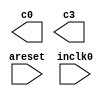
// megafunction wizard: %ALTPLL%VBB%
// GENERATION: STANDARD
// VERSION: WM1.0
// MODULE: altpll 

// ============================================================
// Megafunction Name(s):
// 			altpll
//
// Simulation Library Files(s):
// 			altera_mf
// ============================================================
// ************************************************************
// THIS IS A WIZARD-GENERATED FILE. DO NOT EDIT THIS FILE!
//
// 21.1.1 Build 850 06/23/2022 SJ Lite Edition
// ************************************************************

//Copyright (C) 2022  Intel Corporation. All rights reserved.
//Your use of Intel Corporation's design tools, logic functions 
//and other software and tools, and any partner logic 
//functions, and any output files from any of the foregoing 
//(including device programming or simulation files), and any 
//associated documentation or information are expressly subject 
//to the terms and conditions of the Intel Program License 
//Subscription Agreement, the Intel Quartus Prime License Agreement,
//the Intel FPGA IP License Agreement, or other applicable license
//agreement, including, without limitation, that your use is for
//the sole purpose of programming logic devices manufactured by
//Intel and sold by Intel or its authorized distributors.  Please
//refer to the applicable agreement for further details, at
//https://fpgasoftware.intel.com/eula.

module PLL (
	areset,
	inclk0,
	c0,
	c3);

	input	  areset;
	input	  inclk0;
	output	  c0;
	output	  c3;
`ifndef ALTERA_RESERVED_QIS
// synopsys translate_off
`endif
	tri0	  areset;
`ifndef ALTERA_RESERVED_QIS
// synopsys translate_on
`endif

endmodule

// ============================================================
// CNX file retrieval info
// ============================================================
// Retrieval info: PRIVATE: ACTIVECLK_CHECK STRING "0"
// Retrieval info: PRIVATE: BANDWIDTH STRING "1.000"
// Retrieval info: PRIVATE: BANDWIDTH_FEATURE_ENABLED STRING "1"
// Retrieval info: PRIVATE: BANDWIDTH_FREQ_UNIT STRING "MHz"
// Retrieval info: PRIVATE: BANDWIDTH_PRESET STRING "Low"
// Retrieval info: PRIVATE: BANDWIDTH_USE_AUTO STRING "1"
// Retrieval info: PRIVATE: BANDWIDTH_USE_PRESET STRING "0"
// Retrieval info: PRIVATE: CLKBAD_SWITCHOVER_CHECK STRING "0"
// Retrieval info: PRIVATE: CLKLOSS_CHECK STRING "0"
// Retrieval info: PRIVATE: CLKSWITCH_CHECK STRING "0"
// Retrieval info: PRIVATE: CNX_NO_COMPENSATE_RADIO STRING "0"
// Retrieval info: PRIVATE: CREATE_CLKBAD_CHECK STRING "0"
// Retrieval info: PRIVATE: CREATE_INCLK1_CHECK STRING "0"
// Retrieval info: PRIVATE: CUR_DEDICATED_CLK STRING "c0"
// Retrieval info: PRIVATE: CUR_FBIN_CLK STRING "c0"
// Retrieval info: PRIVATE: DEVICE_SPEED_GRADE STRING "Any"
// Retrieval info: PRIVATE: DIV_FACTOR0 NUMERIC "1"
// Retrieval info: PRIVATE: DIV_FACTOR3 NUMERIC "1"
// Retrieval info: PRIVATE: DUTY_CYCLE0 STRING "50.00000000"
// Retrieval info: PRIVATE: DUTY_CYCLE3 STRING "50.00000000"
// Retrieval info: PRIVATE: EFF_OUTPUT_FREQ_VALUE0 STRING "1.000000"
// Retrieval info: PRIVATE: EFF_OUTPUT_FREQ_VALUE3 STRING "252.000000"
// Retrieval info: PRIVATE: EXPLICIT_SWITCHOVER_COUNTER STRING "0"
// Retrieval info: PRIVATE: EXT_FEEDBACK_RADIO STRING "0"
// Retrieval info: PRIVATE: GLOCKED_COUNTER_EDIT_CHANGED STRING "1"
// Retrieval info: PRIVATE: GLOCKED_FEATURE_ENABLED STRING "0"
// Retrieval info: PRIVATE: GLOCKED_MODE_CHECK STRING "0"
// Retrieval info: PRIVATE: GLOCK_COUNTER_EDIT NUMERIC "1048575"
// Retrieval info: PRIVATE: HAS_MANUAL_SWITCHOVER STRING "1"
// Retrieval info: PRIVATE: INCLK0_FREQ_EDIT STRING "10.000"
// Retrieval info: PRIVATE: INCLK0_FREQ_UNIT_COMBO STRING "MHz"
// Retrieval info: PRIVATE: INCLK1_FREQ_EDIT STRING "100.000"
// Retrieval info: PRIVATE: INCLK1_FREQ_EDIT_CHANGED STRING "1"
// Retrieval info: PRIVATE: INCLK1_FREQ_UNIT_CHANGED STRING "1"
// Retrieval info: PRIVATE: INCLK1_FREQ_UNIT_COMBO STRING "MHz"
// Retrieval info: PRIVATE: INTENDED_DEVICE_FAMILY STRING "MAX 10"
// Retrieval info: PRIVATE: INT_FEEDBACK__MODE_RADIO STRING "1"
// Retrieval info: PRIVATE: LOCKED_OUTPUT_CHECK STRING "0"
// Retrieval info: PRIVATE: LONG_SCAN_RADIO STRING "1"
// Retrieval info: PRIVATE: LVDS_MODE_DATA_RATE STRING "Not Available"
// Retrieval info: PRIVATE: LVDS_MODE_DATA_RATE_DIRTY NUMERIC "0"
// Retrieval info: PRIVATE: LVDS_PHASE_SHIFT_UNIT0 STRING "deg"
// Retrieval info: PRIVATE: LVDS_PHASE_SHIFT_UNIT3 STRING "ps"
// Retrieval info: PRIVATE: MIG_DEVICE_SPEED_GRADE STRING "Any"
// Retrieval info: PRIVATE: MIRROR_CLK0 STRING "0"
// Retrieval info: PRIVATE: MIRROR_CLK3 STRING "0"
// Retrieval info: PRIVATE: MULT_FACTOR0 NUMERIC "1"
// Retrieval info: PRIVATE: MULT_FACTOR3 NUMERIC "1"
// Retrieval info: PRIVATE: NORMAL_MODE_RADIO STRING "1"
// Retrieval info: PRIVATE: OUTPUT_FREQ0 STRING "1.00000000"
// Retrieval info: PRIVATE: OUTPUT_FREQ3 STRING "252.00000000"
// Retrieval info: PRIVATE: OUTPUT_FREQ_MODE0 STRING "1"
// Retrieval info: PRIVATE: OUTPUT_FREQ_MODE3 STRING "1"
// Retrieval info: PRIVATE: OUTPUT_FREQ_UNIT0 STRING "MHz"
// Retrieval info: PRIVATE: OUTPUT_FREQ_UNIT3 STRING "MHz"
// Retrieval info: PRIVATE: PHASE_RECONFIG_FEATURE_ENABLED STRING "1"
// Retrieval info: PRIVATE: PHASE_RECONFIG_INPUTS_CHECK STRING "0"
// Retrieval info: PRIVATE: PHASE_SHIFT0 STRING "0.00000000"
// Retrieval info: PRIVATE: PHASE_SHIFT3 STRING "0.00000000"
// Retrieval info: PRIVATE: PHASE_SHIFT_STEP_ENABLED_CHECK STRING "0"
// Retrieval info: PRIVATE: PHASE_SHIFT_UNIT0 STRING "deg"
// Retrieval info: PRIVATE: PHASE_SHIFT_UNIT3 STRING "ps"
// Retrieval info: PRIVATE: PLL_ADVANCED_PARAM_CHECK STRING "0"
// Retrieval info: PRIVATE: PLL_ARESET_CHECK STRING "1"
// Retrieval info: PRIVATE: PLL_AUTOPLL_CHECK NUMERIC "1"
// Retrieval info: PRIVATE: PLL_ENHPLL_CHECK NUMERIC "0"
// Retrieval info: PRIVATE: PLL_FASTPLL_CHECK NUMERIC "0"
// Retrieval info: PRIVATE: PLL_FBMIMIC_CHECK STRING "0"
// Retrieval info: PRIVATE: PLL_LVDS_PLL_CHECK NUMERIC "0"
// Retrieval info: PRIVATE: PLL_PFDENA_CHECK STRING "0"
// Retrieval info: PRIVATE: PLL_TARGET_HARCOPY_CHECK NUMERIC "0"
// Retrieval info: PRIVATE: PRIMARY_CLK_COMBO STRING "inclk0"
// Retrieval info: PRIVATE: RECONFIG_FILE STRING "PLL.mif"
// Retrieval info: PRIVATE: SACN_INPUTS_CHECK STRING "0"
// Retrieval info: PRIVATE: SCAN_FEATURE_ENABLED STRING "1"
// Retrieval info: PRIVATE: SELF_RESET_LOCK_LOSS STRING "0"
// Retrieval info: PRIVATE: SHORT_SCAN_RADIO STRING "0"
// Retrieval info: PRIVATE: SPREAD_FEATURE_ENABLED STRING "0"
// Retrieval info: PRIVATE: SPREAD_FREQ STRING "50.000"
// Retrieval info: PRIVATE: SPREAD_FREQ_UNIT STRING "KHz"
// Retrieval info: PRIVATE: SPREAD_PERCENT STRING "0.500"
// Retrieval info: PRIVATE: SPREAD_USE STRING "0"
// Retrieval info: PRIVATE: SRC_SYNCH_COMP_RADIO STRING "0"
// Retrieval info: PRIVATE: STICKY_CLK0 STRING "1"
// Retrieval info: PRIVATE: STICKY_CLK1 STRING "0"
// Retrieval info: PRIVATE: STICKY_CLK2 STRING "0"
// Retrieval info: PRIVATE: STICKY_CLK3 STRING "1"
// Retrieval info: PRIVATE: STICKY_CLK4 STRING "0"
// Retrieval info: PRIVATE: SWITCHOVER_COUNT_EDIT NUMERIC "1"
// Retrieval info: PRIVATE: SWITCHOVER_FEATURE_ENABLED STRING "1"
// Retrieval info: PRIVATE: SYNTH_WRAPPER_GEN_POSTFIX STRING "0"
// Retrieval info: PRIVATE: USE_CLK0 STRING "1"
// Retrieval info: PRIVATE: USE_CLK3 STRING "1"
// Retrieval info: PRIVATE: USE_CLKENA0 STRING "0"
// Retrieval info: PRIVATE: USE_CLKENA3 STRING "0"
// Retrieval info: PRIVATE: USE_MIL_SPEED_GRADE NUMERIC "0"
// Retrieval info: PRIVATE: ZERO_DELAY_RADIO STRING "0"
// Retrieval info: LIBRARY: altera_mf altera_mf.altera_mf_components.all
// Retrieval info: CONSTANT: BANDWIDTH_TYPE STRING "AUTO"
// Retrieval info: CONSTANT: CLK0_DIVIDE_BY NUMERIC "10"
// Retrieval info: CONSTANT: CLK0_DUTY_CYCLE NUMERIC "50"
// Retrieval info: CONSTANT: CLK0_MULTIPLY_BY NUMERIC "1"
// Retrieval info: CONSTANT: CLK0_PHASE_SHIFT STRING "0"
// Retrieval info: CONSTANT: CLK3_DIVIDE_BY NUMERIC "5"
// Retrieval info: CONSTANT: CLK3_DUTY_CYCLE NUMERIC "50"
// Retrieval info: CONSTANT: CLK3_MULTIPLY_BY NUMERIC "126"
// Retrieval info: CONSTANT: CLK3_PHASE_SHIFT STRING "0"
// Retrieval info: CONSTANT: COMPENSATE_CLOCK STRING "CLK0"
// Retrieval info: CONSTANT: INCLK0_INPUT_FREQUENCY NUMERIC "100000"
// Retrieval info: CONSTANT: INTENDED_DEVICE_FAMILY STRING "MAX 10"
// Retrieval info: CONSTANT: LPM_TYPE STRING "altpll"
// Retrieval info: CONSTANT: OPERATION_MODE STRING "NORMAL"
// Retrieval info: CONSTANT: PLL_TYPE STRING "AUTO"
// Retrieval info: CONSTANT: PORT_ACTIVECLOCK STRING "PORT_UNUSED"
// Retrieval info: CONSTANT: PORT_ARESET STRING "PORT_USED"
// Retrieval info: CONSTANT: PORT_CLKBAD0 STRING "PORT_UNUSED"
// Retrieval info: CONSTANT: PORT_CLKBAD1 STRING "PORT_UNUSED"
// Retrieval info: CONSTANT: PORT_CLKLOSS STRING "PORT_UNUSED"
// Retrieval info: CONSTANT: PORT_CLKSWITCH STRING "PORT_UNUSED"
// Retrieval info: CONSTANT: PORT_CONFIGUPDATE STRING "PORT_UNUSED"
// Retrieval info: CONSTANT: PORT_FBIN STRING "PORT_UNUSED"
// Retrieval info: CONSTANT: PORT_INCLK0 STRING "PORT_USED"
// Retrieval info: CONSTANT: PORT_INCLK1 STRING "PORT_UNUSED"
// Retrieval info: CONSTANT: PORT_LOCKED STRING "PORT_UNUSED"
// Retrieval info: CONSTANT: PORT_PFDENA STRING "PORT_UNUSED"
// Retrieval info: CONSTANT: PORT_PHASECOUNTERSELECT STRING "PORT_UNUSED"
// Retrieval info: CONSTANT: PORT_PHASEDONE STRING "PORT_UNUSED"
// Retrieval info: CONSTANT: PORT_PHASESTEP STRING "PORT_UNUSED"
// Retrieval info: CONSTANT: PORT_PHASEUPDOWN STRING "PORT_UNUSED"
// Retrieval info: CONSTANT: PORT_PLLENA STRING "PORT_UNUSED"
// Retrieval info: CONSTANT: PORT_SCANACLR STRING "PORT_UNUSED"
// Retrieval info: CONSTANT: PORT_SCANCLK STRING "PORT_UNUSED"
// Retrieval info: CONSTANT: PORT_SCANCLKENA STRING "PORT_UNUSED"
// Retrieval info: CONSTANT: PORT_SCANDATA STRING "PORT_UNUSED"
// Retrieval info: CONSTANT: PORT_SCANDATAOUT STRING "PORT_UNUSED"
// Retrieval info: CONSTANT: PORT_SCANDONE STRING "PORT_UNUSED"
// Retrieval info: CONSTANT: PORT_SCANREAD STRING "PORT_UNUSED"
// Retrieval info: CONSTANT: PORT_SCANWRITE STRING "PORT_UNUSED"
// Retrieval info: CONSTANT: PORT_clk0 STRING "PORT_USED"
// Retrieval info: CONSTANT: PORT_clk1 STRING "PORT_UNUSED"
// Retrieval info: CONSTANT: PORT_clk2 STRING "PORT_UNUSED"
// Retrieval info: CONSTANT: PORT_clk3 STRING "PORT_USED"
// Retrieval info: CONSTANT: PORT_clk4 STRING "PORT_UNUSED"
// Retrieval info: CONSTANT: PORT_clk5 STRING "PORT_UNUSED"
// Retrieval info: CONSTANT: PORT_clkena0 STRING "PORT_UNUSED"
// Retrieval info: CONSTANT: PORT_clkena1 STRING "PORT_UNUSED"
// Retrieval info: CONSTANT: PORT_clkena2 STRING "PORT_UNUSED"
// Retrieval info: CONSTANT: PORT_clkena3 STRING "PORT_UNUSED"
// Retrieval info: CONSTANT: PORT_clkena4 STRING "PORT_UNUSED"
// Retrieval info: CONSTANT: PORT_clkena5 STRING "PORT_UNUSED"
// Retrieval info: CONSTANT: PORT_extclk0 STRING "PORT_UNUSED"
// Retrieval info: CONSTANT: PORT_extclk1 STRING "PORT_UNUSED"
// Retrieval info: CONSTANT: PORT_extclk2 STRING "PORT_UNUSED"
// Retrieval info: CONSTANT: PORT_extclk3 STRING "PORT_UNUSED"
// Retrieval info: CONSTANT: WIDTH_CLOCK NUMERIC "5"
// Retrieval info: USED_PORT: @clk 0 0 5 0 OUTPUT_CLK_EXT VCC "@clk[4..0]"
// Retrieval info: USED_PORT: areset 0 0 0 0 INPUT GND "areset"
// Retrieval info: USED_PORT: c0 0 0 0 0 OUTPUT_CLK_EXT VCC "c0"
// Retrieval info: USED_PORT: c3 0 0 0 0 OUTPUT_CLK_EXT VCC "c3"
// Retrieval info: USED_PORT: inclk0 0 0 0 0 INPUT_CLK_EXT GND "inclk0"
// Retrieval info: CONNECT: @areset 0 0 0 0 areset 0 0 0 0
// Retrieval info: CONNECT: @inclk 0 0 1 1 GND 0 0 0 0
// Retrieval info: CONNECT: @inclk 0 0 1 0 inclk0 0 0 0 0
// Retrieval info: CONNECT: c0 0 0 0 0 @clk 0 0 1 0
// Retrieval info: CONNECT: c3 0 0 0 0 @clk 0 0 1 3
// Retrieval info: GEN_FILE: TYPE_NORMAL PLL.v TRUE
// Retrieval info: GEN_FILE: TYPE_NORMAL PLL.ppf TRUE
// Retrieval info: GEN_FILE: TYPE_NORMAL PLL.inc FALSE
// Retrieval info: GEN_FILE: TYPE_NORMAL PLL.cmp FALSE
// Retrieval info: GEN_FILE: TYPE_NORMAL PLL.bsf FALSE
// Retrieval info: GEN_FILE: TYPE_NORMAL PLL_inst.v FALSE
// Retrieval info: GEN_FILE: TYPE_NORMAL PLL_bb.v TRUE
// Retrieval info: LIB_FILE: altera_mf
// Retrieval info: CBX_MODULE_PREFIX: ON